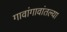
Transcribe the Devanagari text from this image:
गावांगावांतल्या